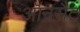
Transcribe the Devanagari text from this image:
ऑनसैट